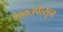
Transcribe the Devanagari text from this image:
१७७३पासून